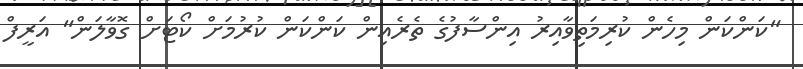
"ކަންކަން މިހެން ކުރިމަތިވާއިރު އިންސާފުގެ ތެރެއިން ކަންކަން ކުރުމަށް ކޯޓަށް ގޮވާލަން" އަރީފް